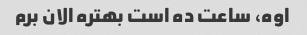
اوه، ساعت ده است بهتره الان برم